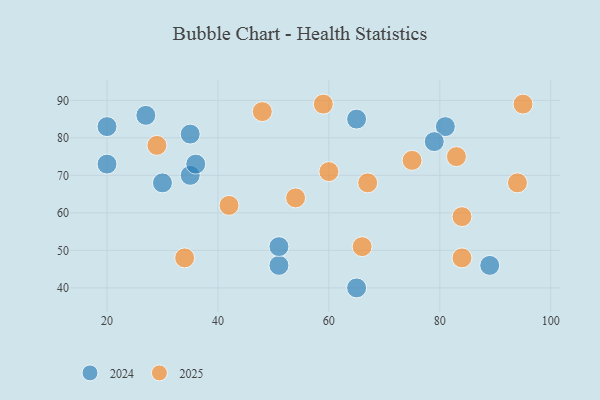
{"axis": {"x": "GDP", "y": "Life Expectancy"}, "legend": ["2024", "2025"], "data": [{"x": "94", "y": 68, "type": "2025"}, {"x": "59", "y": 89, "type": "2025"}, {"x": "29", "y": 78, "type": "2025"}, {"x": "34", "y": 48, "type": "2025"}, {"x": "84", "y": 59, "type": "2025"}, {"x": "84", "y": 48, "type": "2025"}, {"x": "75", "y": 74, "type": "2025"}, {"x": "48", "y": 87, "type": "2025"}, {"x": "95", "y": 89, "type": "2025"}, {"x": "83", "y": 75, "type": "2025"}, {"x": "67", "y": 68, "type": "2025"}, {"x": "60", "y": 71, "type": "2025"}, {"x": "66", "y": 51, "type": "2025"}, {"x": "54", "y": 64, "type": "2025"}, {"x": "42", "y": 62, "type": "2025"}, {"x": "20", "y": 73, "type": "2024"}, {"x": "65", "y": 40, "type": "2024"}, {"x": "51", "y": 46, "type": "2024"}, {"x": "89", "y": 46, "type": "2024"}, {"x": "35", "y": 81, "type": "2024"}, {"x": "30", "y": 68, "type": "2024"}, {"x": "27", "y": 86, "type": "2024"}, {"x": "81", "y": 83, "type": "2024"}, {"x": "51", "y": 51, "type": "2024"}, {"x": "65", "y": 85, "type": "2024"}, {"x": "79", "y": 79, "type": "2024"}, {"x": "35", "y": 70, "type": "2024"}, {"x": "20", "y": 83, "type": "2024"}, {"x": "36", "y": 73, "type": "2024"}]}